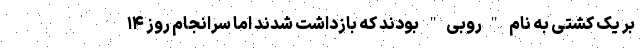
بر یک کشتی به نام "روبی" بودند که بازداشت شدند اما سرانجام روز ۱۴